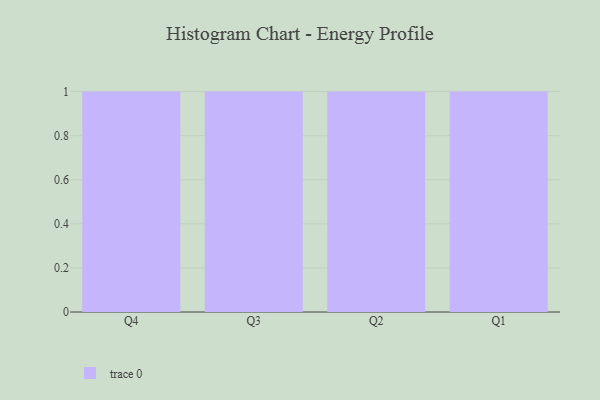
{"axis": {"x": "Quarter", "y": "Tickets Resolved"}, "legend": [""], "data": [{"x": "Q4", "y": 81, "type": ""}, {"x": "Q3", "y": 8, "type": ""}, {"x": "Q2", "y": 36, "type": ""}, {"x": "Q1", "y": 68, "type": ""}]}